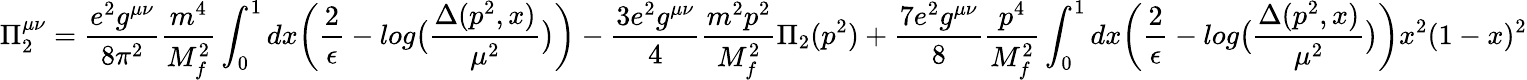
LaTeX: \Pi_{2}^{\mu\nu}=\frac{e^{2}g^{\mu\nu}}{8\pi^{2}}\frac{m^{4}}{M_{f}^{2}}\int_{0}^{1}dx\biggl(\frac{2}{\epsilon}-log\bigl(\frac{\Delta(p^{2},x)}{\mu^{2}}\bigr)\biggr)-\frac{3e^{2}g^{\mu\nu}}{4}\frac{m^{2}p^{2}}{M_{f}^{2}}\Pi_{2}(p^{2})+\frac{7e^{2}g^{\mu\nu}}{8}\frac{p^{4}}{M_{f}^{2}}\int_{0}^{1}dx\biggl(\frac{2}{\epsilon}-log\bigl(\frac{\Delta(p^{2},x)}{\mu^{2}}\bigr)\biggr)x^{2}(1-x)^{2}